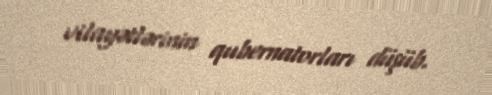
vilayətlərinin qubernatorları düşüb.